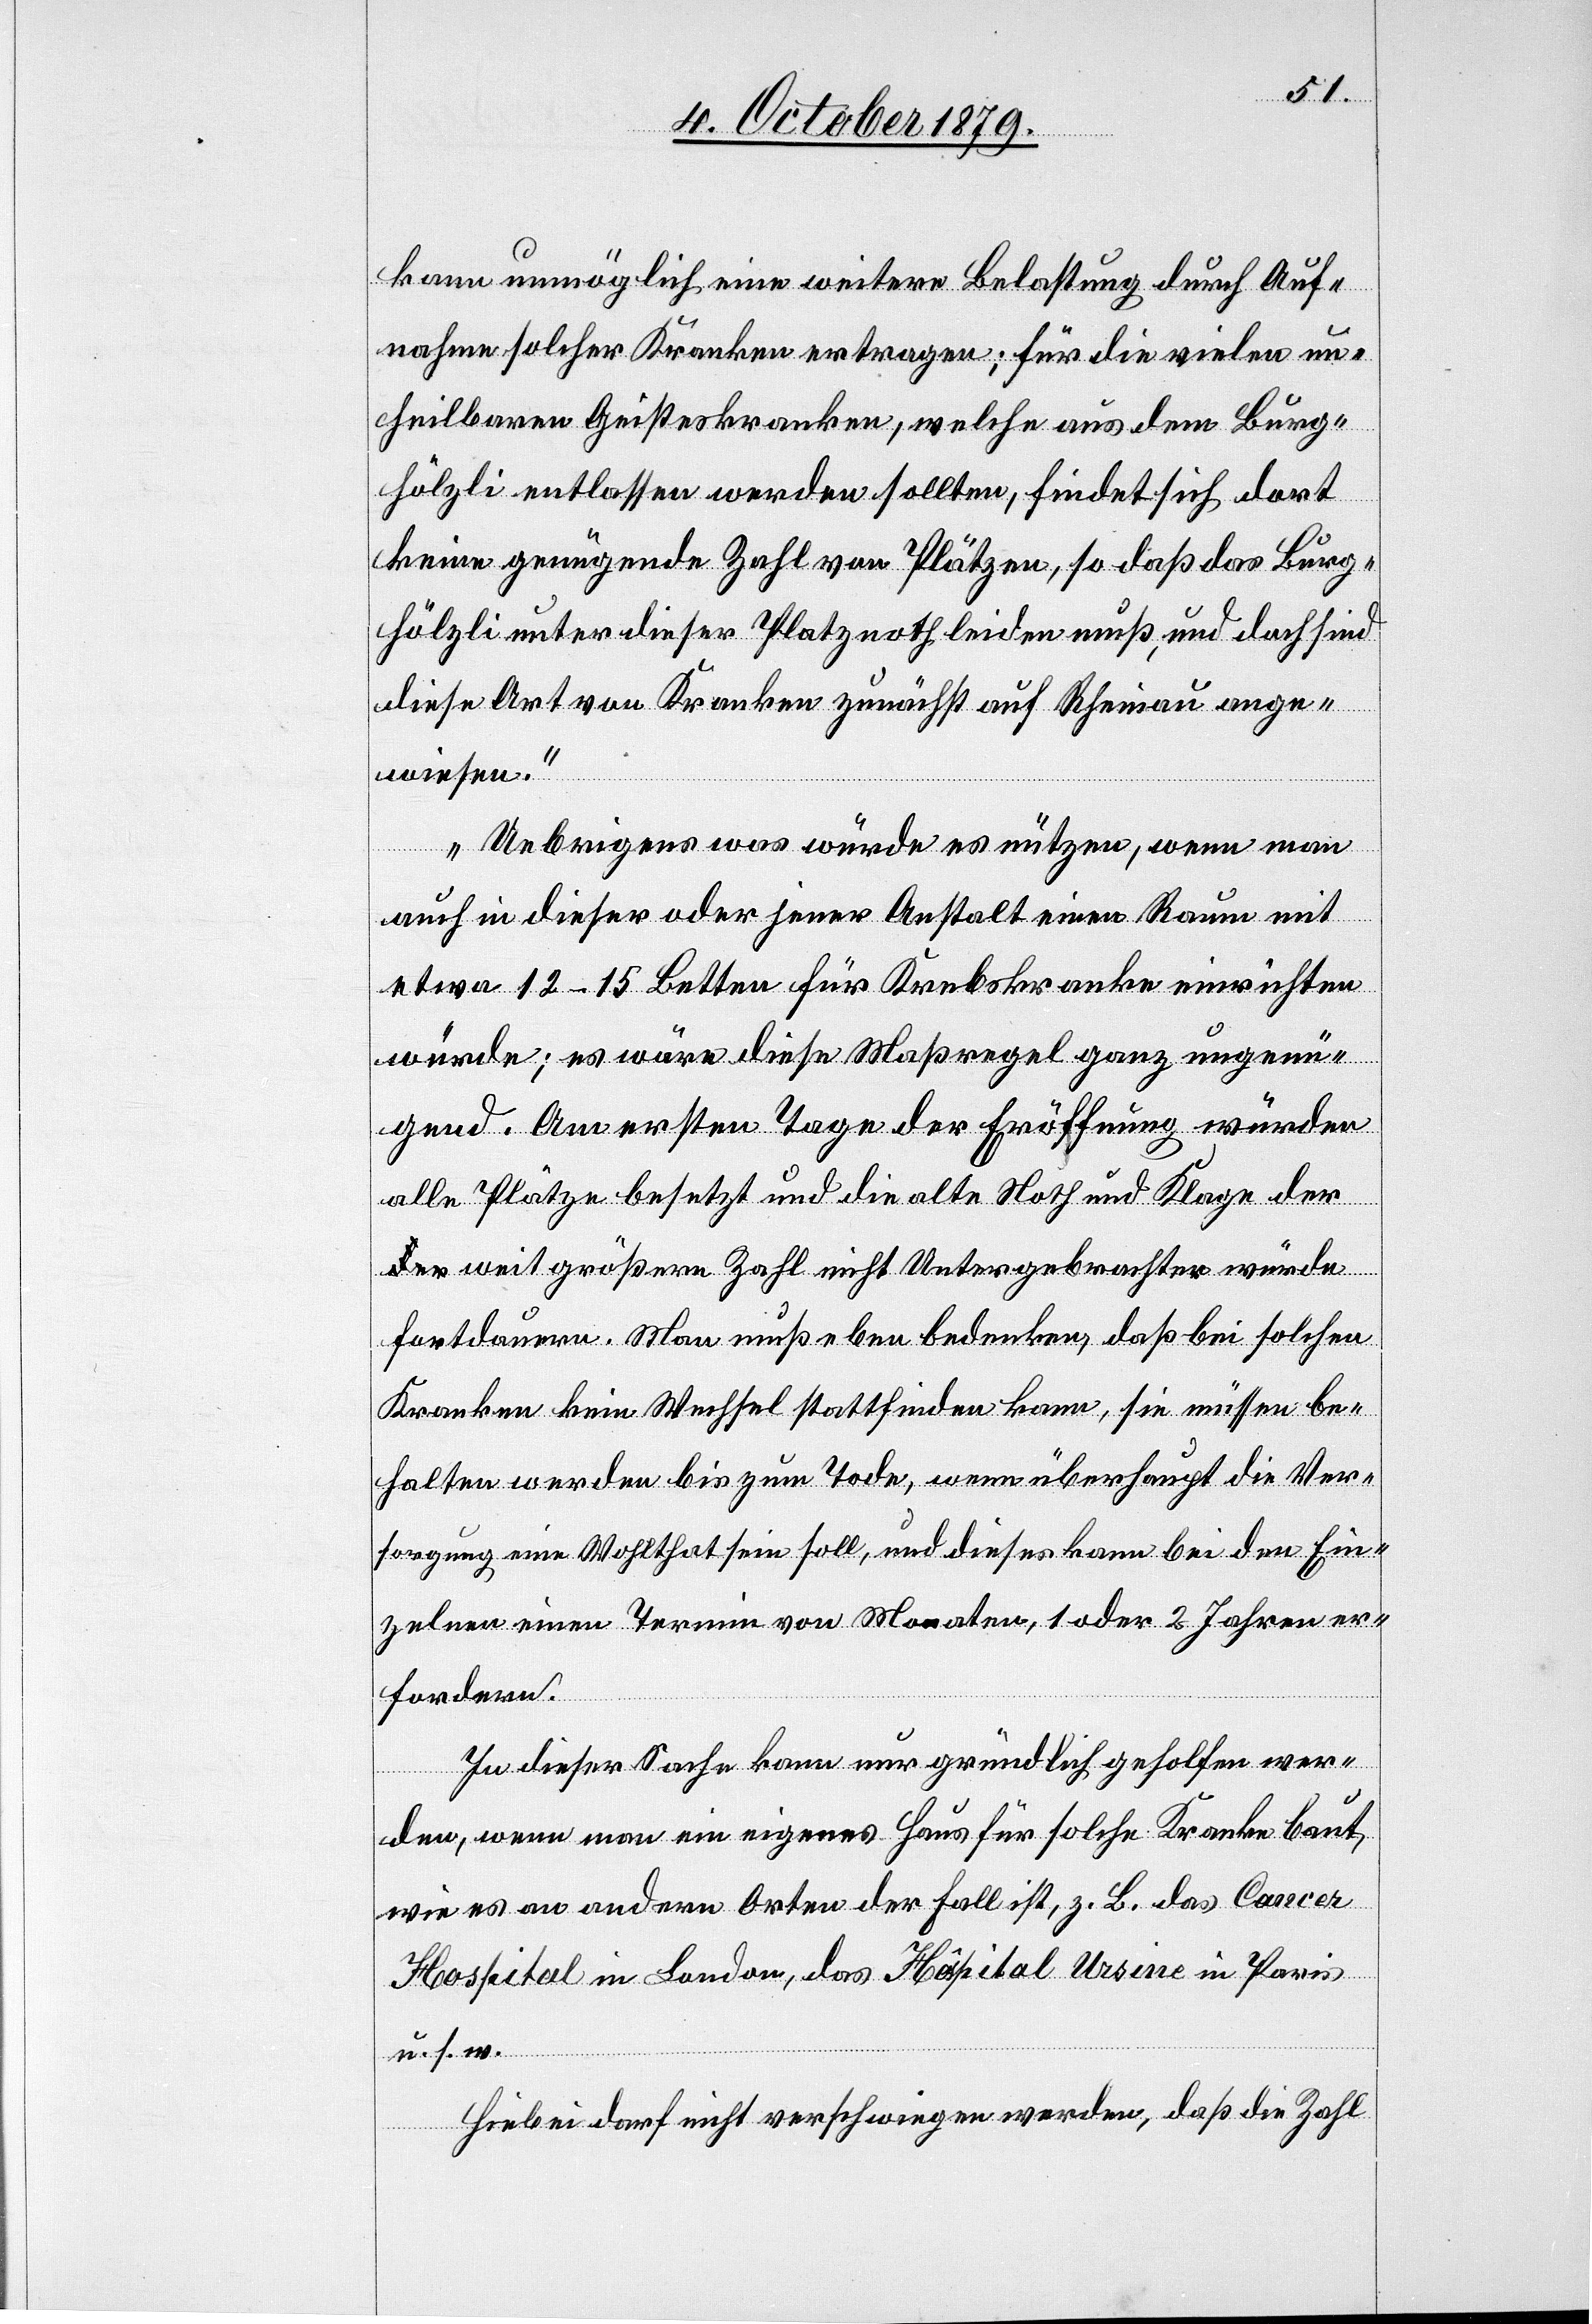
kann unmöglich eine weitere Belastung durch Auf¬
nahme solcher Kranken ertragen; für die vielen un¬
heilbaren Geisteskranken, welche aus dem Burg¬
hölzli entlassen werden sollten, findet sich dort
keine genügende Zahl von Plätzen, so daß Burg¬
hölzli unter dieser Platznoth leiden muß, und doch sind
diese Art von Kranken zunächst auf Rheinau ange¬
wiesen.
Uebrigens was würde es nützen, wenn man
auch in dieser oder jener Anstalt einen Raum mit
etwa 12–15 Betten für Krebskranke einrichten
würde; es wäre diese Maßregel ganz ungenü¬
gend. Am ersten Tage der Eröffnung würden
alle Plätze besetzt und die alte Noth und Klage de¬
r weit größeren Zahl nicht Untergebrachten würde
fortdauern. Man muß eben bedenken, daß bei solchen
Kranken kein Wechsel stattfinden kann, sie müßen be¬
halten werden bis zum Tode, wem überhaupt die Ver¬
sorgung eine Wohlthat sein soll, und dieses kann bei den Ein¬
zelnen einen Termin von Monaten, 1 oder 2 Jahren er¬
fordern.
In dieser Sache kann nur gründlich geholfen wer¬
den, wenn man ein eigenes Haus für solche Kranke baut,
wie es an anderen Orten der Fall ist, z. B. das Cancer
Hospital in London, das Hôpital Ursine in Paris
u. s. w.
Hiebei darf nicht verschwiegen werden, daß die Zahl